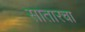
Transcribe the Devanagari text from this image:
सातारचा